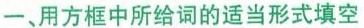
一、用方框中所给词的适当形式填空